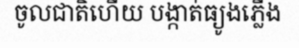
ចូលជាតិហើយ បង្កាត់ធ្យូងភ្លើង